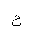
Letter: _ha